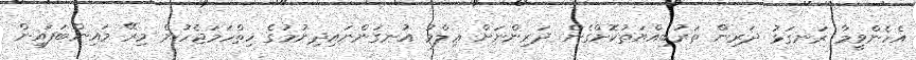
އެހެންވީމާ ރަނގަޅު ދަރިން ތަރުބިއްޔަތުކޮށްގެން ދަރިންނަށް ޢިލްމު އުނގަންނައިދިނުމުގެ ހިތްހަމަޖެހުން މިރޭ މައިންބަފައިން